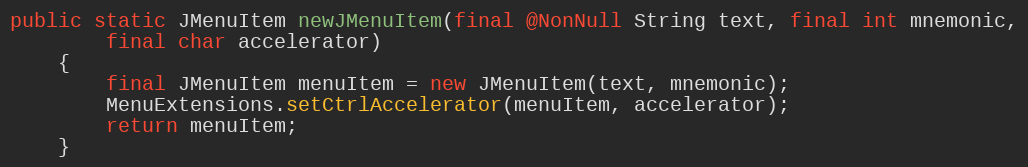
Language: Java
public static JMenuItem newJMenuItem(final @NonNull String text, final int mnemonic,
		final char accelerator)
	{
		final JMenuItem menuItem = new JMenuItem(text, mnemonic);
		MenuExtensions.setCtrlAccelerator(menuItem, accelerator);
		return menuItem;
	}